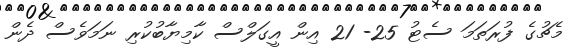
މެޗުގެ ފުރަތަމަ ސެޓު 25- 21 އިން އީގަލްސް ކާމިޔާބުކުރި ނަމަވެސް ދެން